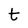
Character: t